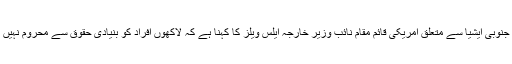
دوسری جانب جنوبی ایشیا سے متعلق امریکی قائم مقام نائب وزیر خارجہ ایلس ویلز کا کہنا ہے کہ لاکھوں افراد کو بنیادی حقوق سے محروم نہیں رکھا جا سکتا۔